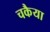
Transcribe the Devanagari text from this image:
चकैया